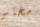
مختبر